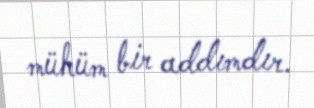
mühüm bir addımdır.